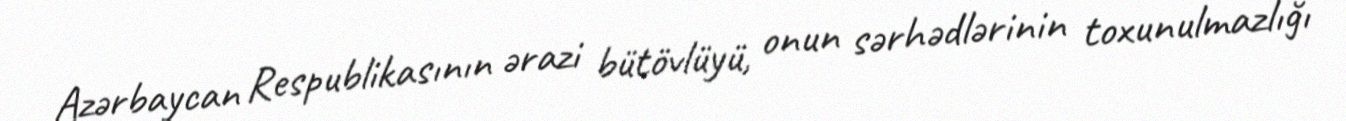
Azərbaycan Respublikasının ərazi bütövlüyü, onun sərhədlərinin toxunulmazlığı